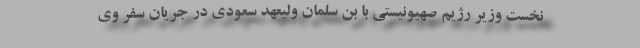
نخست وزیر رژیم صهیونیستی با بن سلمان ولیعهد سعودی در جریان سفر وی